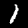
Label: 1